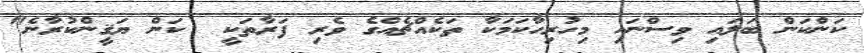
ކަންކަން ބަލައި ވިސްނައި މިހުރިހާކަމަކާ ތަކެއްޗެއްގެ ވެރި ފަރާތަކީ  ކަން ޔަޤީންކުރާނެ"